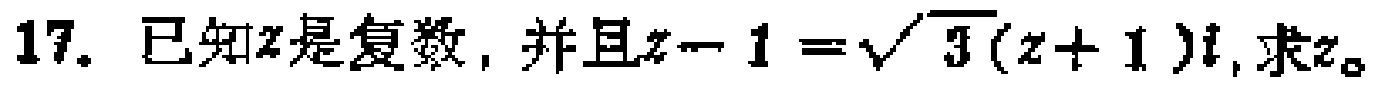
17. 已知\(z\)是复数，并且\(z - 1=\sqrt{3}(z + 1)i\)，求\(z\)。